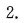
2.